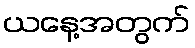
ယနေ့အတွက်